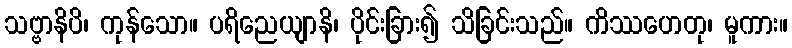
သဗ္ဗာနိပိ၊ ကုန်သော။ ပရိညေယျာနိ၊ ပိုင်းခြား၍ သိခြင်းသည်။ ကိဿဟေတု၊ မူကား။